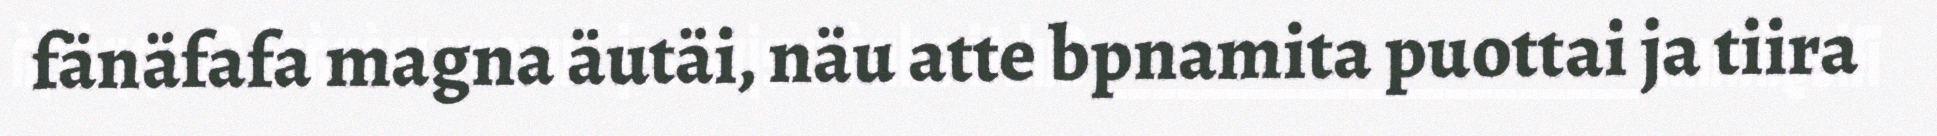
fänäfafa magna äutäi, näu atte bpnamita puottai ja tiira